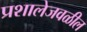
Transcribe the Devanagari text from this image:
प्रशालेजवळील